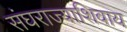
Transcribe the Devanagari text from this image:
संघराज्याशिवाय